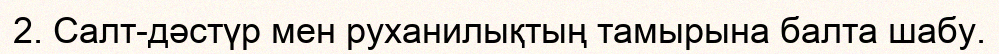
2. Салт-дәстүр мен руханилықтың тамырына балта шабу.